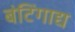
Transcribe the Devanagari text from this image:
बंटिंगाद्य